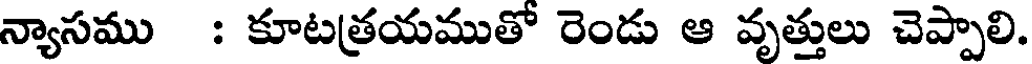
న్యాసము : కూటత్రయముతో రెండు ఆ వృత్తులు చెప్పాలి.